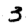
Digit: 3